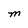
Character: M